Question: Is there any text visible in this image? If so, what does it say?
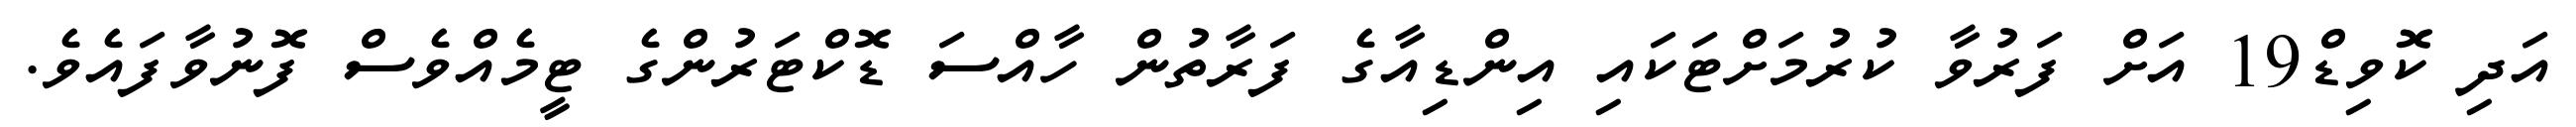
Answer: އަދި ކޮވިޑް19 އަށް ފަރުވާ ކުރުމަށްޓަކައި އިންޑިއާގެ ފަރާތުން ހާއްސަ ޑޮކްޓަރުންގެ ޓީމެއްވެސް ފޮނުވާފައެވެ.